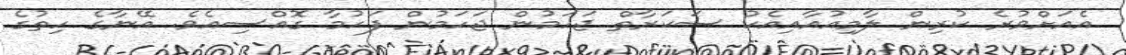
އެއަށްވުރެ ކުރިން ލާމިއުއާއިއެކު ސަކަރާތް ޖަހަމުން ޖަހަމުން ފަހުމާ ގޮއްސިއެވެ. އޭނާގެ ހިތުގެ